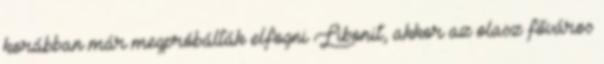
korábban már megpróbálták elfogni Libonit, akkor az olasz főváros